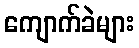
ကျောက်ခဲများ